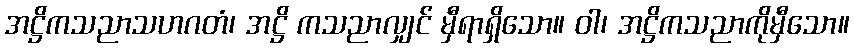
အဋ္ဌိကသညာသဟဂတံ၊ အဋ္ဌိ ကသညာလျှင် မှီရာရှိသော။ ဝါ၊ အဋ္ဌိကသညာကိုမှီသော။